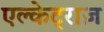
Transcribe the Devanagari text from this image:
एल्केट्राज़